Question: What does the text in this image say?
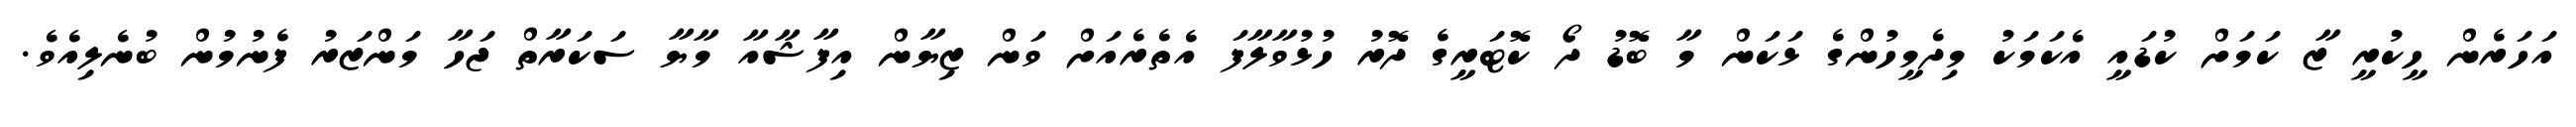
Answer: އަހަރެން ހީކުރީ ޒާ ކަމަށް ކުޑައީ އެކަމަކު މިދެމީހުންގެ ޅަކަން މާ ބޮޑު ދޯ ކޮޓަރީގެ ދޮރު ހުޅުވާލާފަ އެތެރެއަށް ވަން ޒިޔާން އިފާޝާއާ މާޔާ ސަކަރާތް ޖަހާ މަންޒަރު ފެނުމުން ބުނެލިއެވެ.